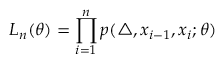
L _ { n } ( \theta ) = \prod _ { i = 1 } ^ { n } p ( \triangle , x _ { i - 1 } , x _ { i } ; \theta )